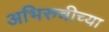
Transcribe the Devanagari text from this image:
अभिरुचीच्या